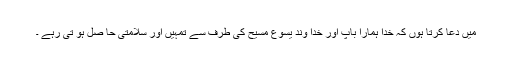
میں دُعا کرتا ہوں کہ خدا ہمارا باپ اور خدا وند یسوع مسیح کی طرف سے تمہیں اور سلامتی حا صل ہو تی رہے ۔